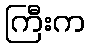
ကြီးက